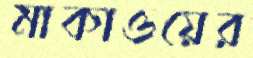
মাকাওয়ের